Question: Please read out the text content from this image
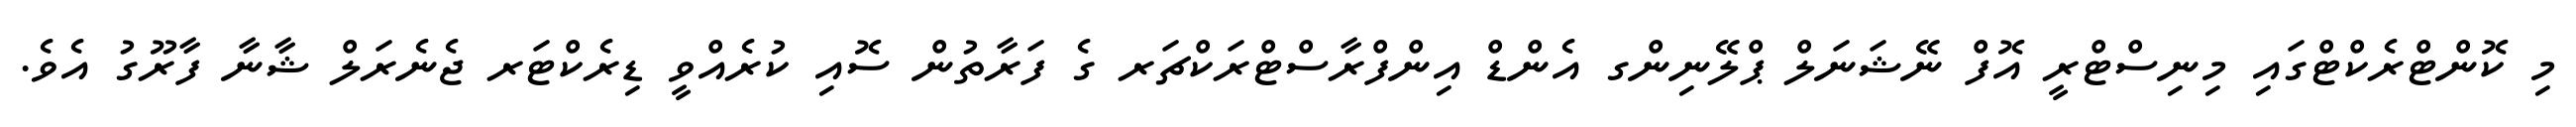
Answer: މި ކޮންޓްރެކްޓްގައި މިނިސްޓްރީ އޮފް ނޭޝަނަލް ޕްލޭނިންގ އެންޑް އިންފްރާސްޓްރަކްޗަރ ގެ ފަރާތުން ސޮއި ކުރެއްވީ ޑިރެކްޓަރ ޖެނެރަލް ޝާނާ ފާރޫގު އެވެ.